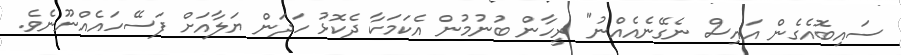
ސައިބޮއެގެން އައިސް ނެގޭނެއެއްނު" ރީހާން ބުނުމުން އެކަމަކާ ދެކޮޅު ހަދަން ޔަލާއަށް ފަސޭހައެއްނޫނެވެ.